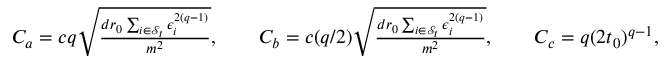
\begin{array} { r } { C _ { a } = c q \sqrt { \frac { d r _ { 0 } \sum _ { i \in \mathcal { S } _ { t } } \epsilon _ { i } ^ { 2 ( q - 1 ) } } { m ^ { 2 } } } , \qquad C _ { b } = c ( q / 2 ) \sqrt { \frac { d r _ { 0 } \sum _ { i \in \mathcal { S } _ { t } } \epsilon _ { i } ^ { 2 ( q - 1 ) } } { m ^ { 2 } } } , \qquad C _ { c } = q ( 2 t _ { 0 } ) ^ { q - 1 } , } \end{array}